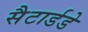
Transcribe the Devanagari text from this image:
सैटार्डडे